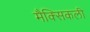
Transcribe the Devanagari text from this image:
मैक्सिकली